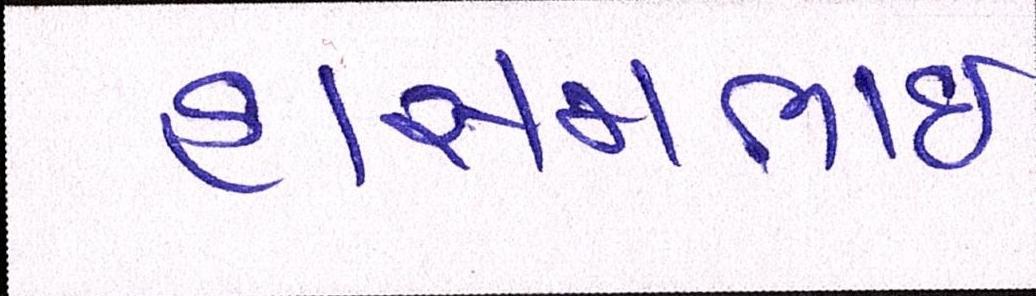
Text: હાસમભાઇ